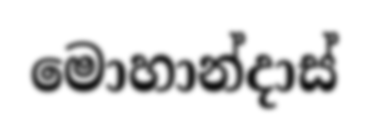
මොහාන්දාස්